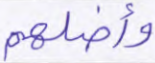
وأضلهم